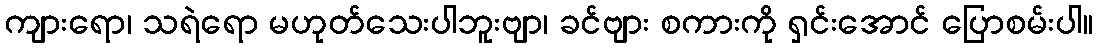
ကျားရော၊ သရဲရော မဟုတ်သေးပါဘူးဗျာ၊ ခင်ဗျား စကားကို ရှင်းအောင် ပြောစမ်းပါ။